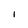
Character: I